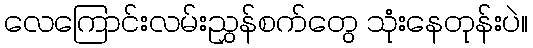
လေကြောင်းလမ်းညွှန်စက်တွေ သုံးနေတုန်းပဲ။